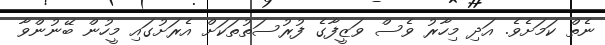
ނެތް ކަމަށެވެ. އަދި މިހާރު ވެސް ވަޒީފާގެ ފުރުސަތުތަކަށް އެރަށުގައި މީހުން ބޭނުންވާ